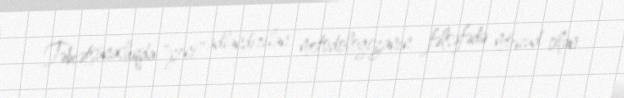
Təbiətşünaslıqda "yeni" adlandırılan metodologiyanın fəlsəfədə mövcud olan